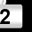
Digit: 2